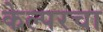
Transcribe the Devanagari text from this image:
केल्परचा